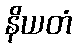
နိယတံ